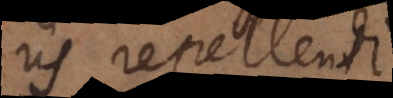
iis repellendi.